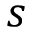
s